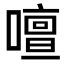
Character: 𠿞